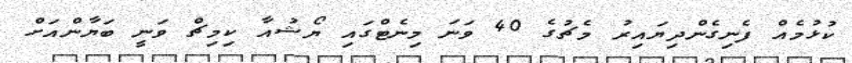
ކުޅުމެއް ފެނިގެންދިޔައިރު މެޗުގެ 40 ވަނަ މިނެޓްގައި ޔޯޝުއާ ކިމިޗް ވަނީ ބަޔާންއަށް